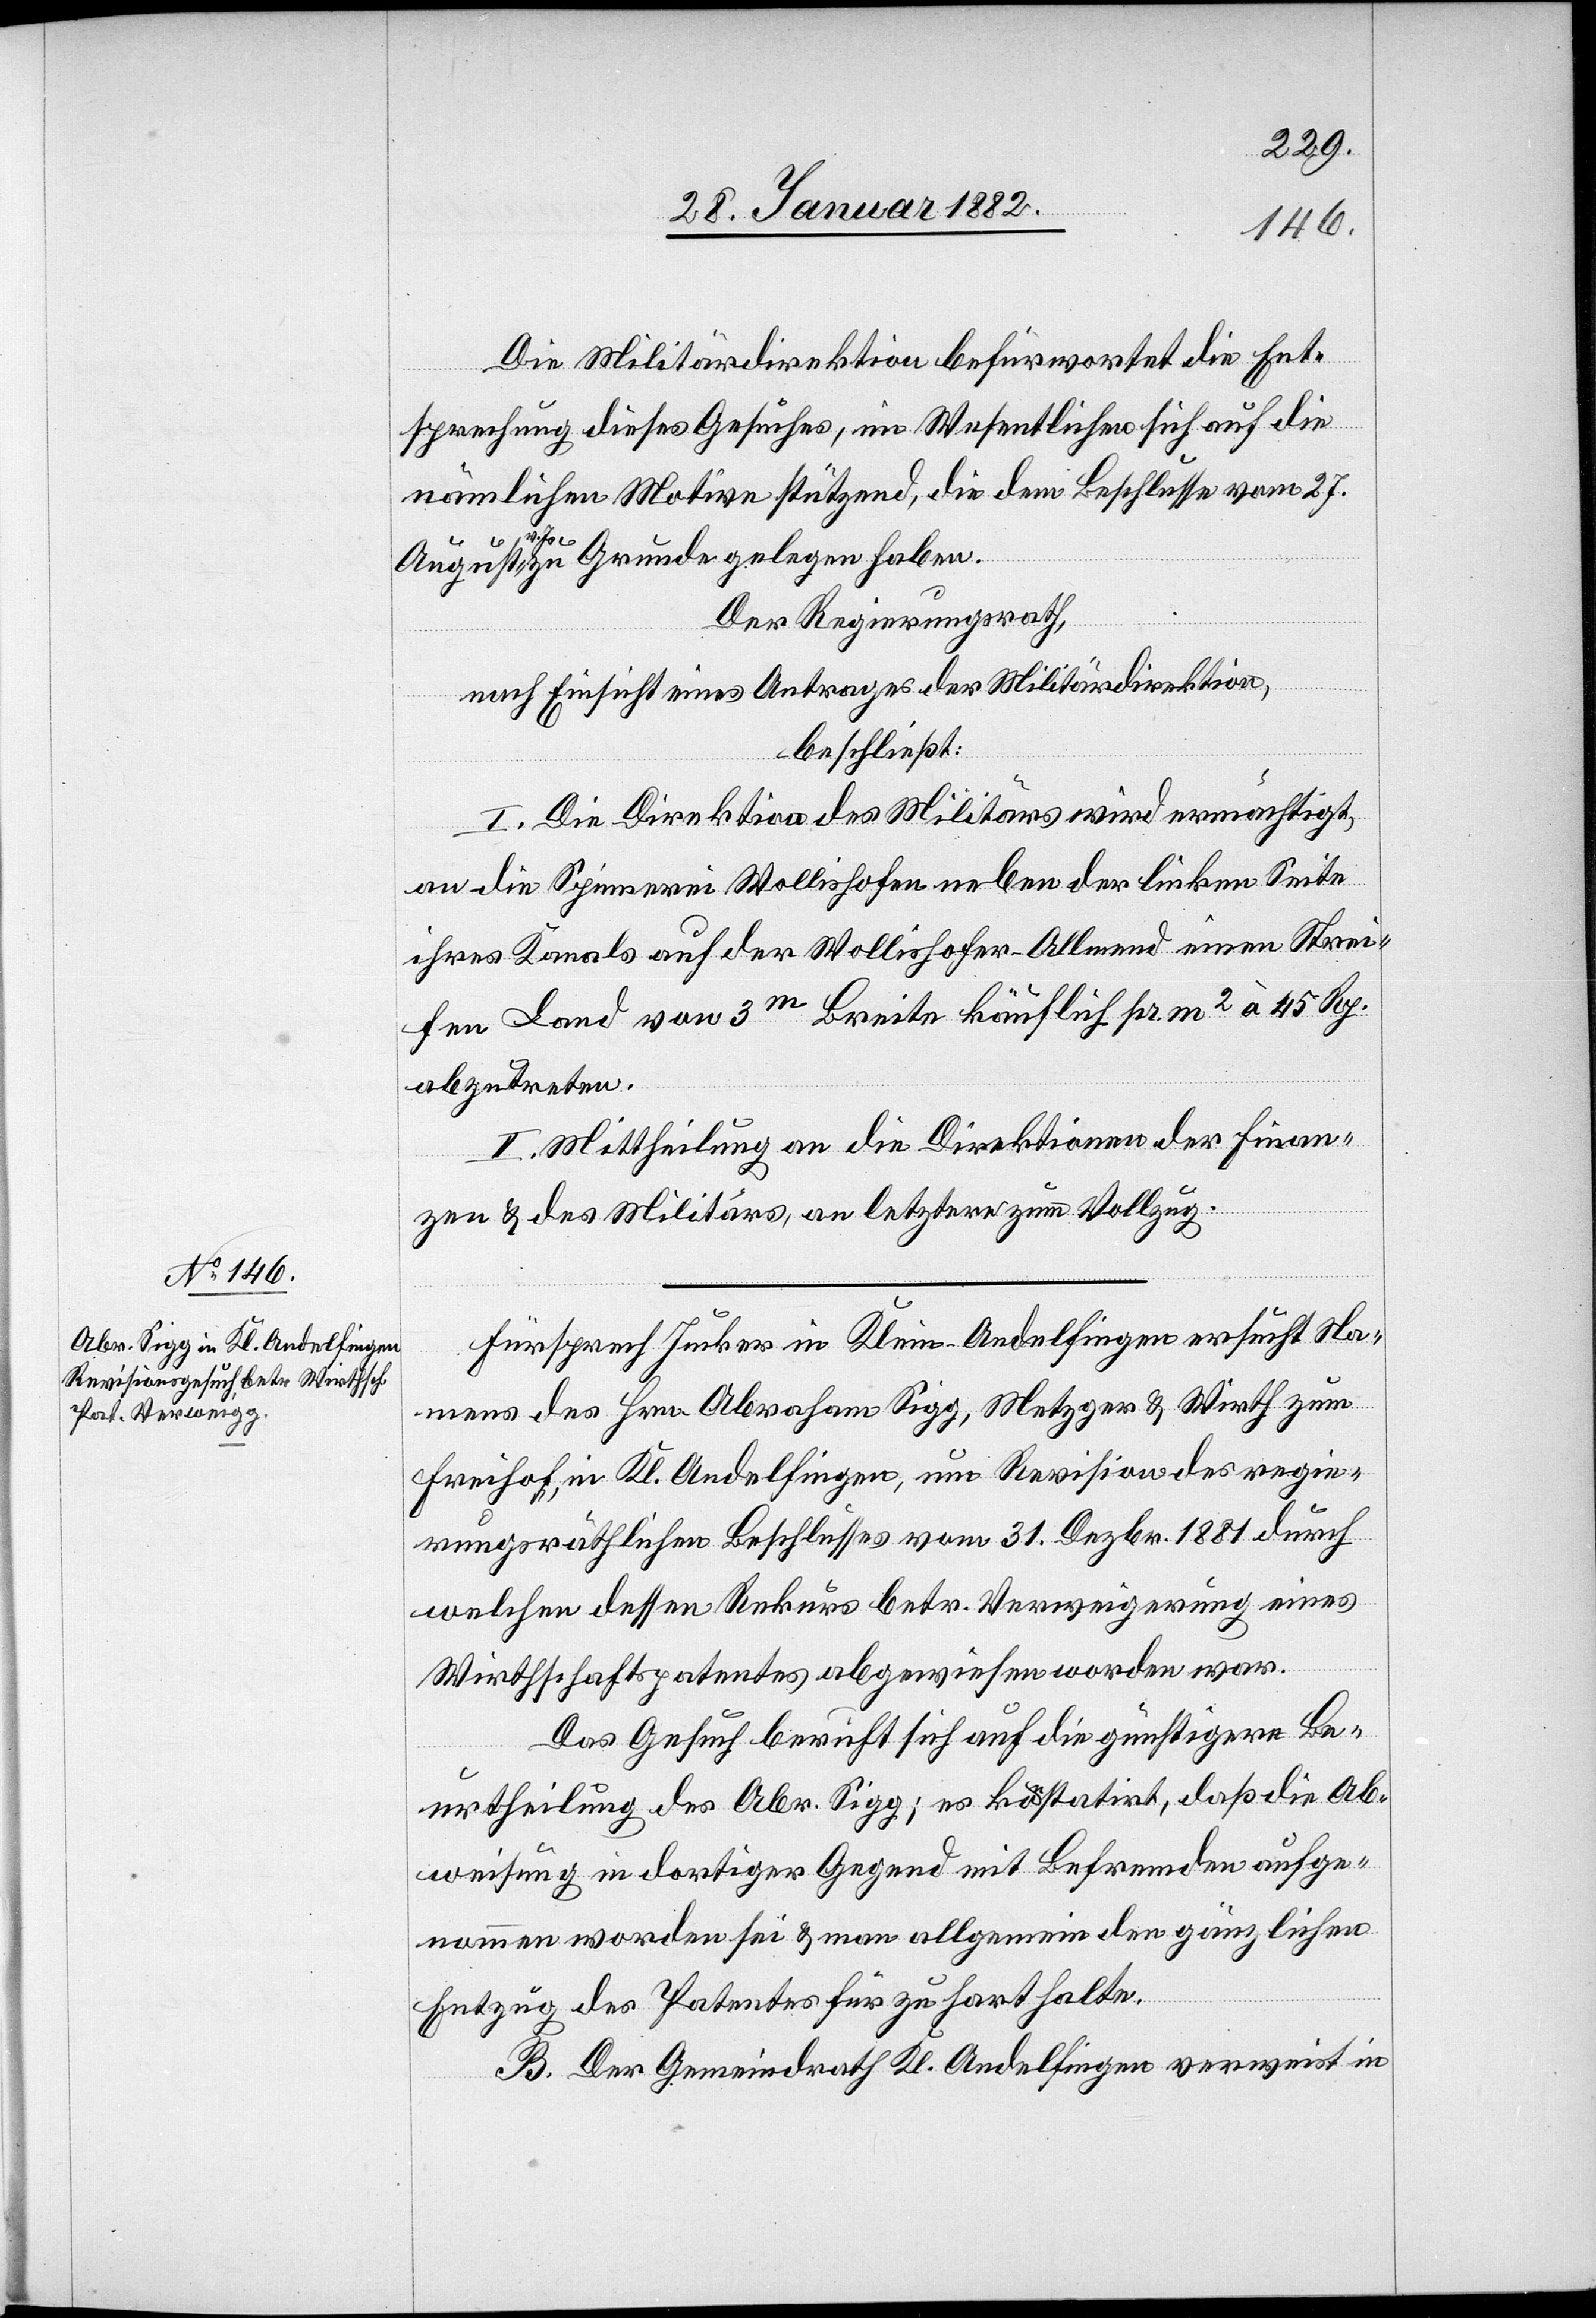
Die Militärdirektion befürwortet die Ent¬
sprechung dieses Gesuches, im Wesentlichen sich auf die
nämlichen Motive stützend, die dem Beschlusse vom 27.
Js. zu Grunde gelegen haben.
Der Regierungsrath,
nach Einsicht eines Antrages der Militärdirektion,
beschließt:
I. Die Direktion des Militärs wird ermächtigt,
an die Spinnerei Wollishofen neben der linken Seite
ihres Kanals auf der Wollishofer-Allmend einen Strei¬
fen Land von 3m Breite käuflich pr. m2 à 45 Rp.
abzutreten.
II. Mittheilung an die Direktion der Finan¬
zen & des Militärs, an letztere zum Vollzug.
Fürsprech Junker in Klein-Andelfingen ersucht Na¬
mens des Hrn. Abraham Sigg, Metzger & Wirth zum
Freihof, in Kl. Andelfingen, um Revision des regie¬
rungsräthlichen Beschlusses vom 31. Dezbr. 1881 durch
welchen dessen Rekurs betr. Verweigerung eines
Wirthschaftspatentes abgewiesen worden war.
Das Gesuch beruft sich auf die günstigere Be¬
urtheilung des Abr. Sigg; es konstatirt, daß die Ab¬
weisung in dortiger Gegend mit Befremden aufge¬
nommen worden sei & man allgemein den gänzlichen
Entzug des Patentes für zu hart halte.
B. Der Gemeindrath Kl. Andelfingen verweist in